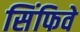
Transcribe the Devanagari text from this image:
सिंफिवे